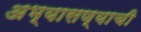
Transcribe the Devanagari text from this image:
अभ्यासण्याची